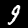
Label: 9